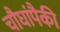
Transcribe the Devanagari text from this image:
चौघांपैकी